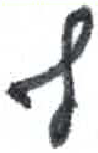
אות: ף